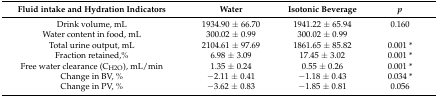
| Fluid intake and Hydration Indicators | Water | Isotonic Beverage | p |
 | --- | --- | --- | --- |
 | Drink volume, mL | 1934.90 ± 66.70 | 1941.22 ± 65.94 | 0.160 |
 | Water content in food, mL | 300.02 ± 0.99 | 300.02 ± 0.99 |  |
 | Total urine output, mL | 2104.61 ± 97.69 | 1861.65 ± 85.82 | 0.001 * |
 | Fraction retained,% | 6.98 ± 3.09 | 17.45 ± 3.02 | 0.001 * |
 | Free water clearance (CH2O), mL/min | 1.35 ± 0.24 | 0.55 ± 0.26 | 0.001 * |
 | Change in BV, % | −2.11 ± 0.41 | −1.18 ± 0.43 | 0.034 * |
 | Change in PV, % | −3.62 ± 0.83 | −1.85 ± 0.81 | 0.056 |